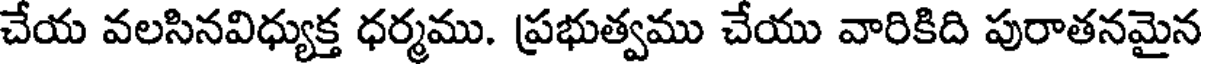
చేయ వలసినవిధ్యుక్త ధర్మము. ప్రభుత్వము చేయు వారికిది పురాతనమైన